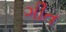
ગીત